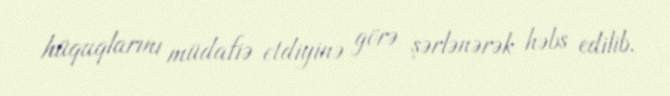
hüquqlarını müdafiə etdiyinə görə şərlənərək həbs edilib.